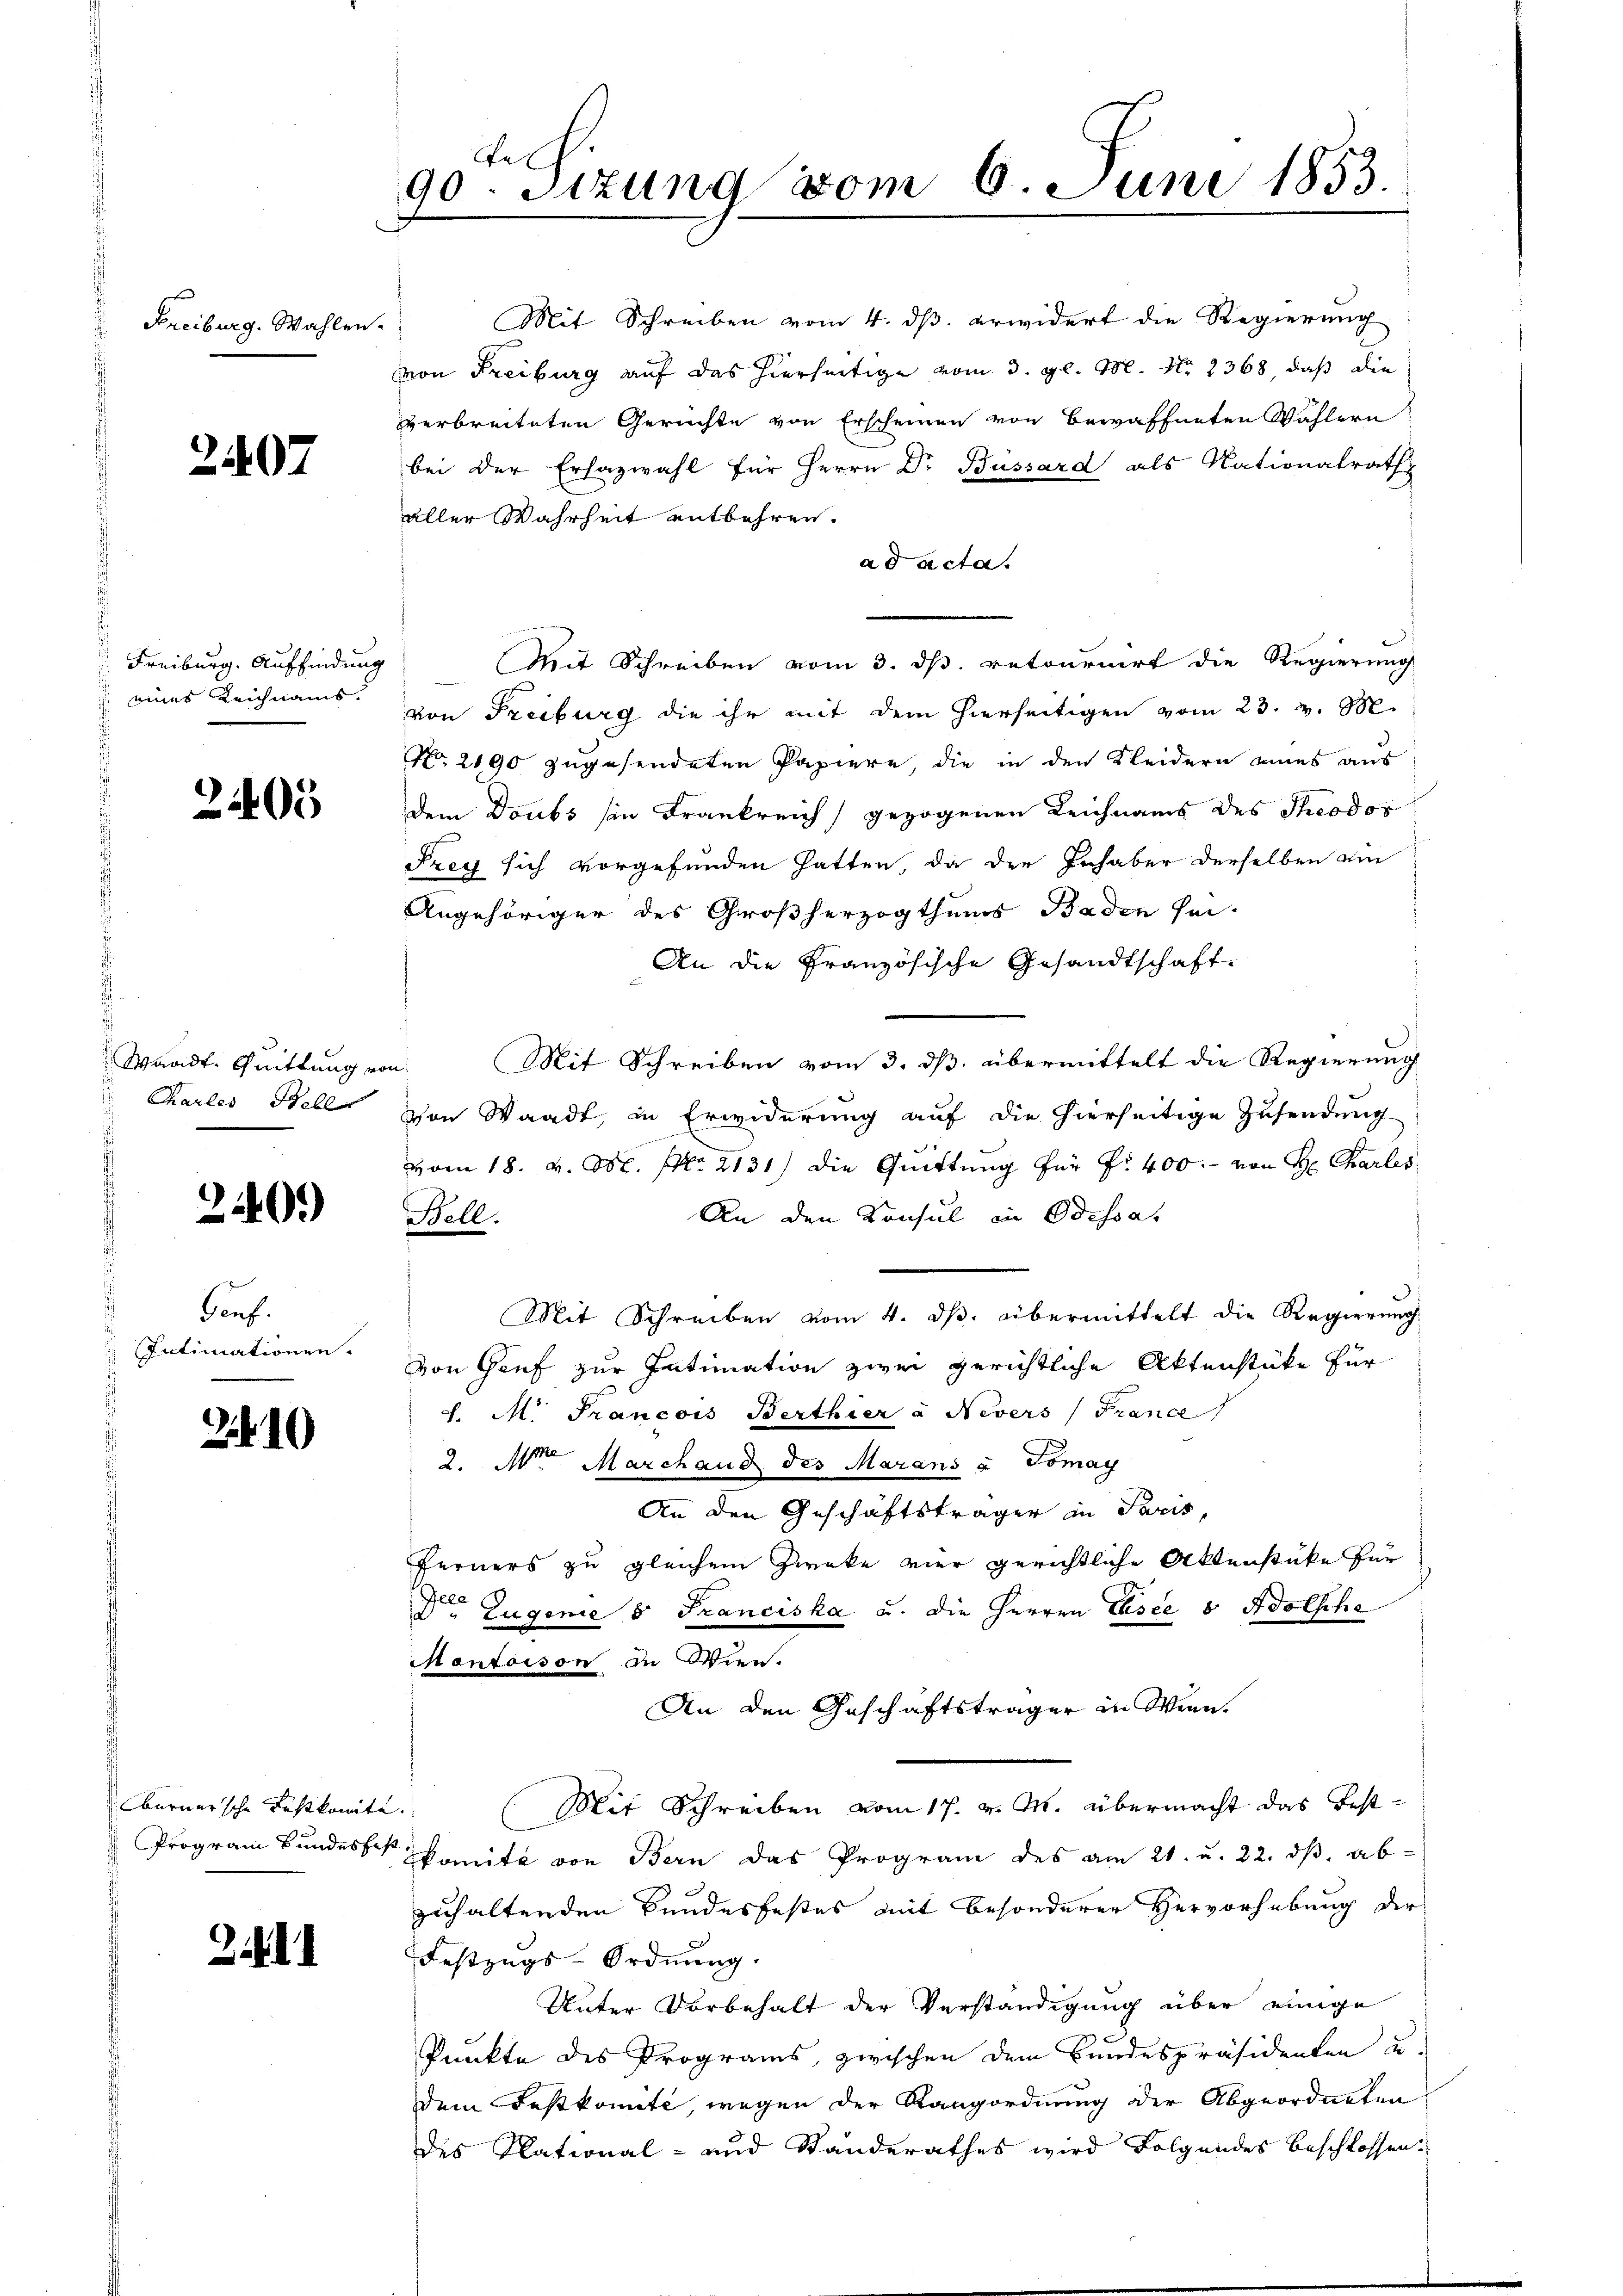
Freiburg. Wahlen

2407

Freiburg. Auffindung
eines Zeichnams

2405

Waadt. Quittung von
Charles Steller

2440.)

Genf.
Intimationen.

210

burner'sche Festkomite.
Program Bundesfest,

2

te
90. Sitzung vom 6. Juni 1853.

Mit Schreiben vom 4. ds. erwidert die Regierung
.
von Freiburg auf das hierseitige vom 3. gl. M. No. 2368, daß die
verbreiteten Gerichte von Erscheinen von bewaffneten Wählern
bei der Erhazwahl für Herrn Dr Bussard als Nationalrath
aller Wahrheit entbehren.
ad acta.
Mit Schreiben vom 3. ds. retournirt die Regierung
von Freiburg die ihr mit dem hierseitigen vom 23. v. M.
No. 2190 zugesendeten Papiere, die in den Kleidern eines aus
dem Doubs sie Frankreich gezogenen Leichnams des Theodor
Frey sich vorgefunden hatten, da der Inhaber derselben ein
Angehöriger des Großherzogthums Baden sei-
An die Französische Gesandtschaft.
Mit Schreiben vom 3. ds. übermittelt die Regierung
Von Waadt, in Erwiderung auf die hierseitige Zusendung
vom 18. v. M. Nr. 2131) die Quittung für Fr. 400. von H: Charles
An den Konsul in Odessa,
Bell.
Mit Schreiben vom 4. dβ. übermittelt die Regierung
von Genf zur Intimation zwei gerichtliche Aktenstüke für
J. M. Francois Berthier à Nevers (France,
2. Mit Marchaus des Marans u Tomay
An den Geschäftsträger in Paris,
Ferners zu gleichem Zwecke vier gerichtliche Aktenstücke für
Der Zugenie 5 Franciska u. die Herren Eisce 8 Adolsche
Mantaison zu Wien.
An den Geschaftsträger in Wien.
(Mit Schreiben vom 17. v. M. übermacht das Festkomite von Bern das Program des am 21. u. 22. ds. abzuhaltenden Bundesfestes mit besonderer Hervorhebung der
Festzugs-Ordnung.
Unter Vorbehalt der Verständigung über einige
Punkte des Programs zwischen dem Bundespräsidenten u.
dem Festkonnte, wegen der Rangordnung der Abgeordneten
des Plational- und Standerathes wird Folgendes beschlossen: